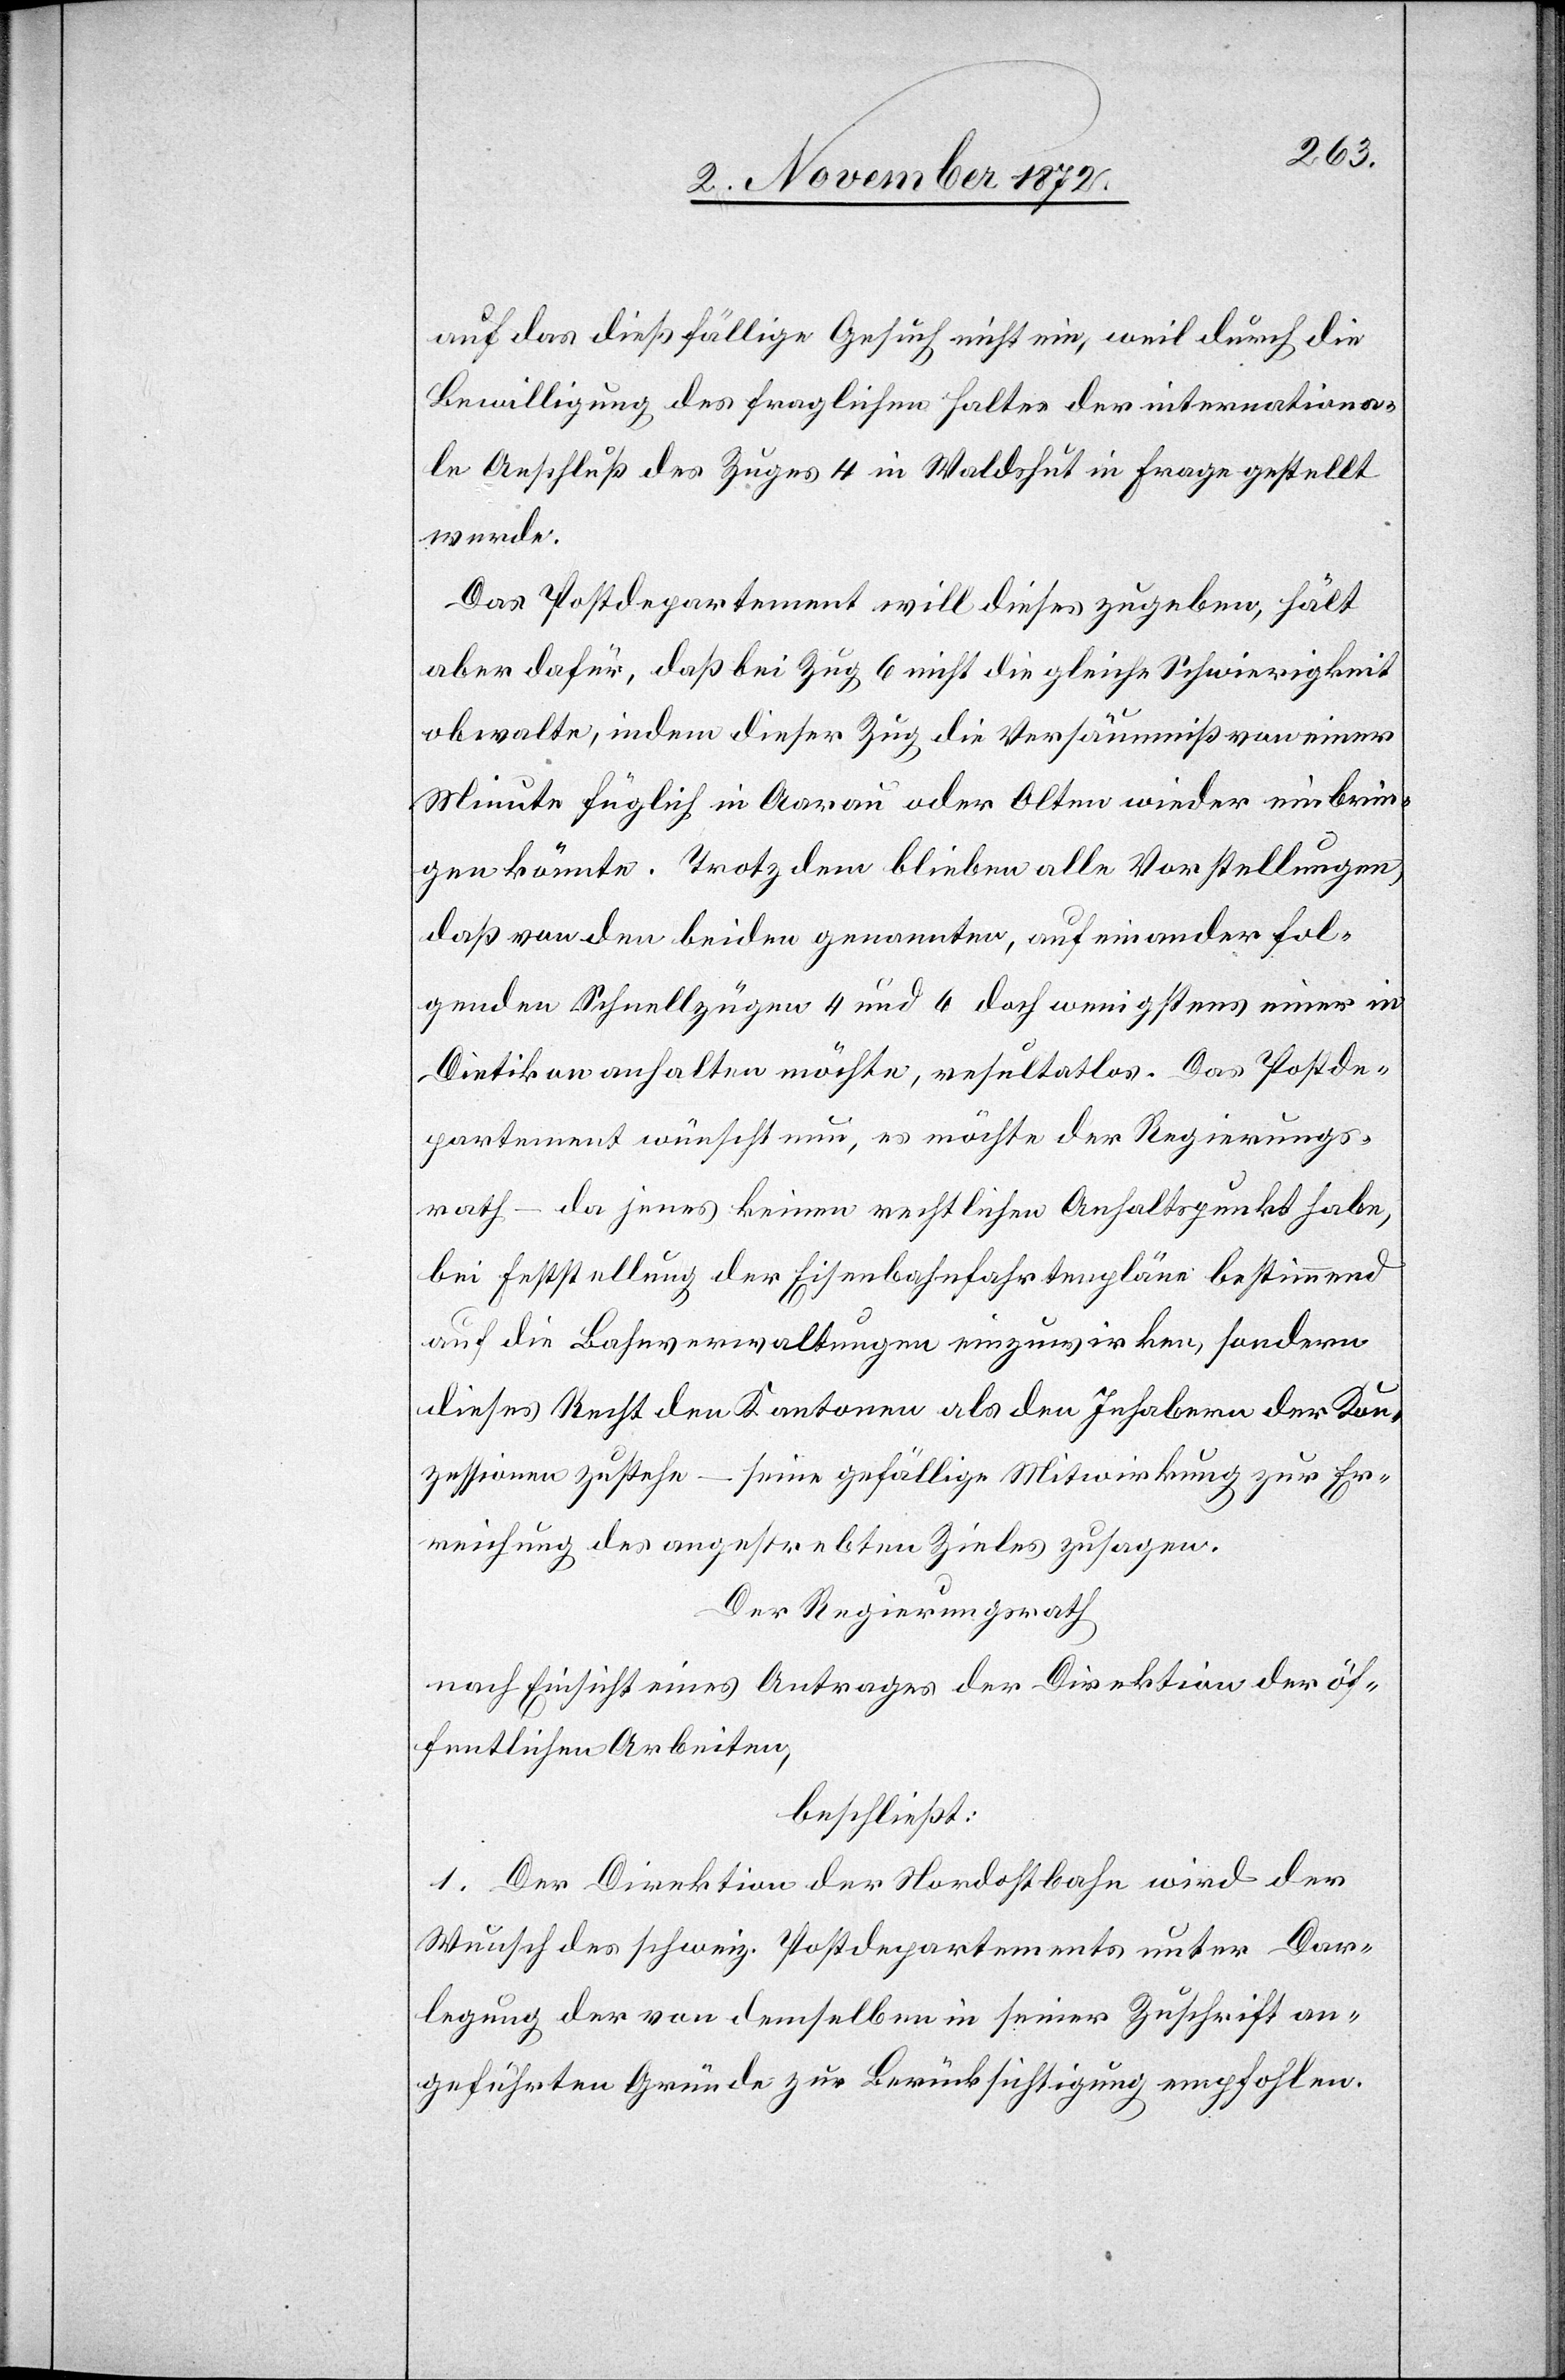
auf das dießfällige Gesuch nicht ein, weil durch die
Bewilligung des fraglichen Haltes der internationa¬
le Anschluß des Zuges 4 in Waldshut in Frage gestellt
wurde.
Das Postdepartement will dieses zugeben, hält
aber dafür, daß bei Zug 6 nicht die gleiche Schwierigkeit
obwalte, indem dieser Zug die Versäumniß von einer
Minute füglich in Aarau oder Olten wieder einbrin¬
gen könnte. Trotzdem bleiben alle Vorstellungen,
daß von den beiden genannten, aufeinander fol¬
genden Schnellzügen 4 und 6 doch wenigstens einer in
Dietikon anhalten möchte, resultatlos. Das Postde¬
partement wünscht nun, es möchte der Regierungs¬
rath – da jenes keinen rechtlichen Anhaltspunkt habe,
bei Feststellung der Eisenbahnfahrtenpläne bestimmend
auf die Bahnverwaltungen einzuwirken, sondern
dieses Recht den Kantonen als den Inhabern der Kon¬
zessionen zustehe – seine gefällige Mitwirkung zur Er¬
reichung des angestrebten Zieles zusagen.
Der Regierungsrath
nach Einsicht eines Antrages der Direktion der öf¬
fentlichen Arbeiten,
beschließt:
1. Der Direktion der Nordostbahn wird der
Wunsch des schweiz. Postdepartements unter Dar¬
legung der von demselben seiner Zuschrift an¬
geführten Gründe zur Berücksichtigung empfohlen.